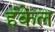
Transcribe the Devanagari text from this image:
हंकेल